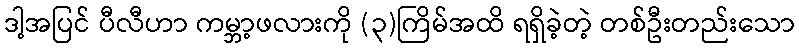
ဒါ့အပြင် ပီလီဟာ ကမ္ဘာ့ဖလားကို (၃)ကြိမ်အထိ ရရှိခဲ့တဲ့ တစ်ဦးတည်းသော